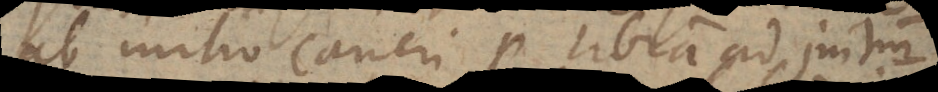
ab initio Cancri per Libram ad initium